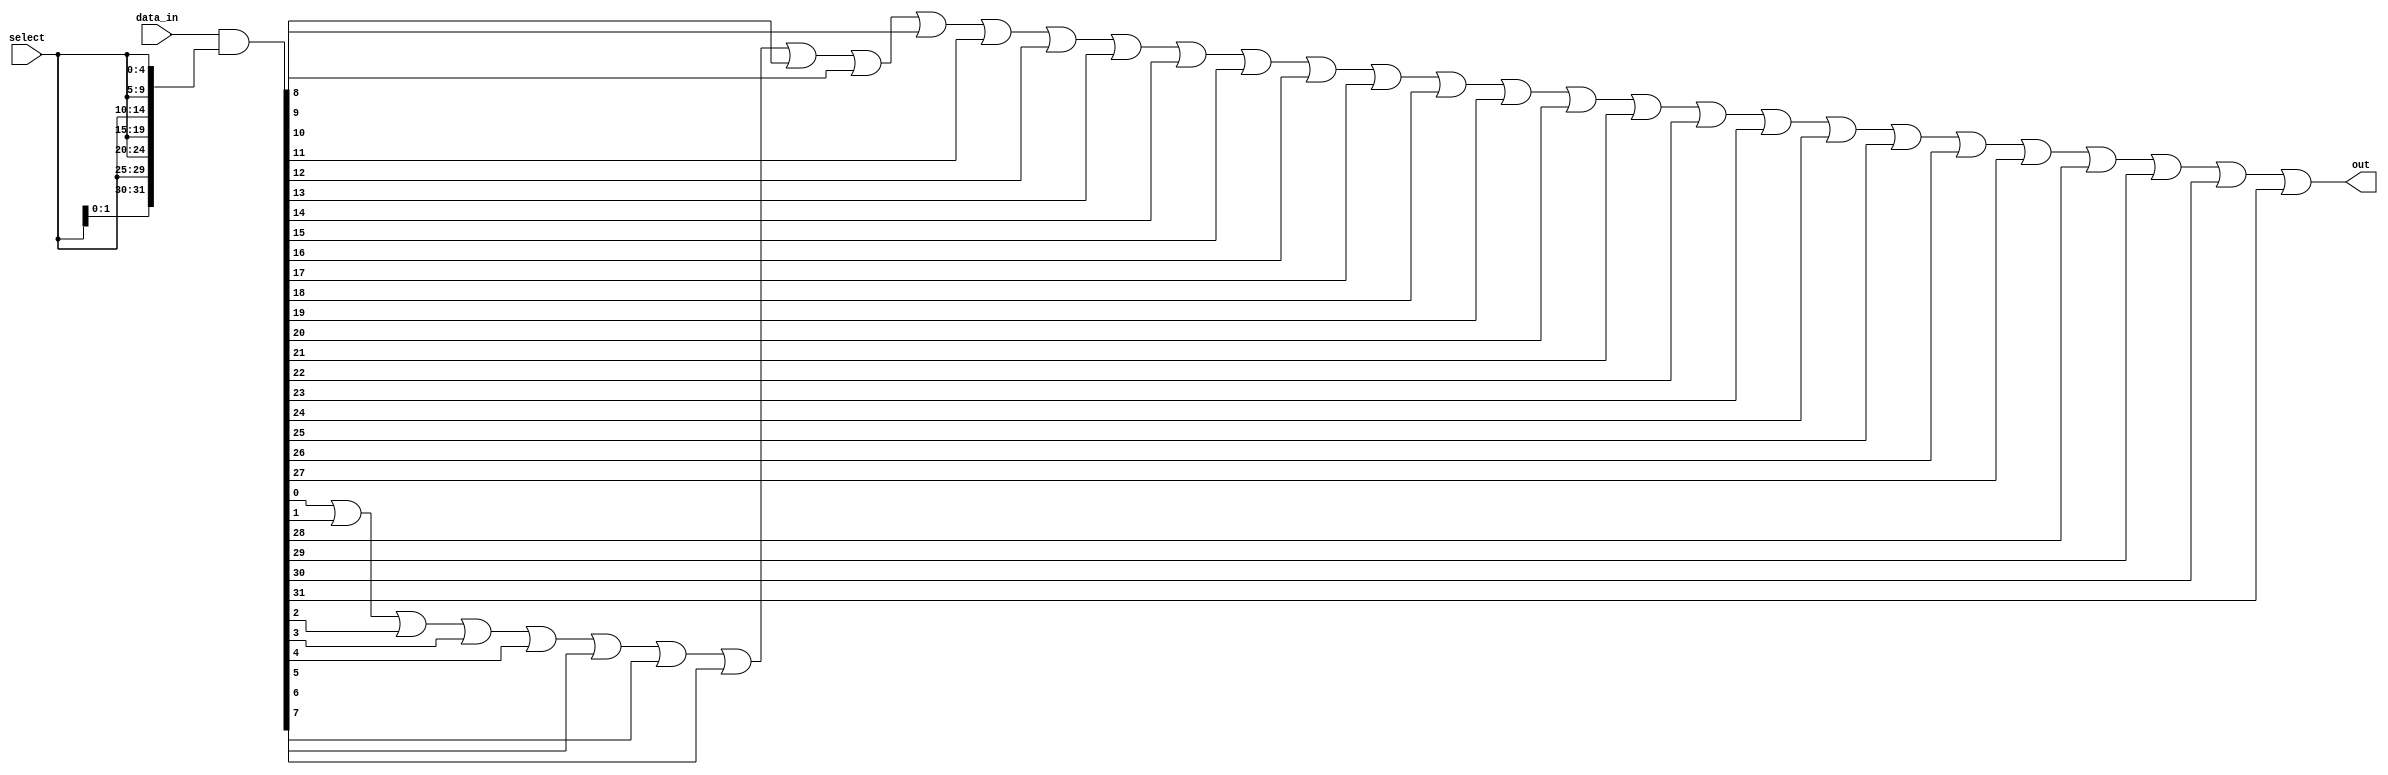
module mux_32_1 (
    input [31:0] data_in,   // 32 data inputs
    input [4:0] select,   // 5-bit select input
    output reg out   // single output
);

wire [31:0] select_data;

assign select_data = data_in & {(32-5){select}};

always @*
begin
    out = select_data[0] | select_data[1] | select_data[2] | select_data[3]
           | select_data[4] | select_data[5] | select_data[6] | select_data[7]
           | select_data[8] | select_data[9] | select_data[10] | select_data[11]
           | select_data[12] | select_data[13] | select_data[14] | select_data[15]
           | select_data[16] | select_data[17] | select_data[18] | select_data[19]
           | select_data[20] | select_data[21] | select_data[22] | select_data[23]
           | select_data[24] | select_data[25] | select_data[26] | select_data[27]
           | select_data[28] | select_data[29] | select_data[30] | select_data[31];
end

endmodule